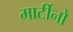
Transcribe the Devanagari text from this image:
मार्टीनो